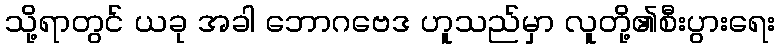
သို့ရာတွင် ယခု အခါ ဘောဂဗေဒ ဟူသည်မှာ လူတို့၏စီးပွားရေး